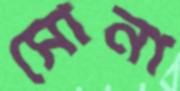
সোনা